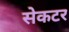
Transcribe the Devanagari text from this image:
सेकटर